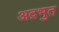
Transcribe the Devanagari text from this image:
अद़भुत